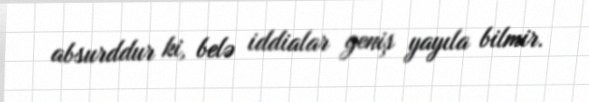
absurddur ki, belə iddialar geniş yayıla bilmir.